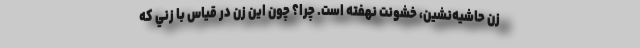
زن حاشيه‌نشين، خشونت نهفته است. چرا؟ چون اين زن در قياس با زني كه